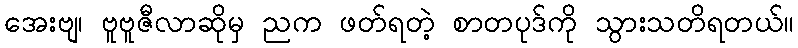
အေးဗျ၊ ဗူဗူဇီလာဆိုမှ ညက ဖတ်ရတဲ့ စာတပုဒ်ကို သွားသတိရတယ်။